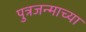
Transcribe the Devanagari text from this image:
पुत्रजन्माच्या